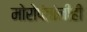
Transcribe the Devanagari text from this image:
मोरोपंतांनीही